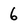
Character: 6